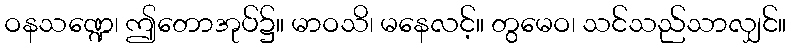
ဝနသဏ္ဍေ၊ ဤတောအုပ်၌။ မာဝသိ၊ မနေလင့်။ တွမေဝ၊ သင်သည်သာလျှင်။